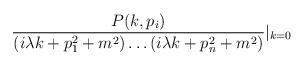
LaTeX: \begin{align*}\frac{P(k,p_i)}{(i \lambda k+p_1^2+m^2) \ldots (i\lambda k+p_n^2+m^2)}|_{k=0} \end{align*}